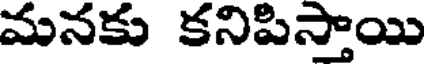
మనకు కనిపిస్తాయి